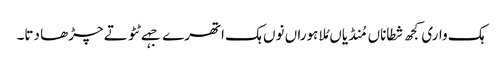
ہک واری کجھ شطاناں مُنڈیاں مُلا ہوراں نوں ہک اتھرے جہے ٹٹو تے چڑھا دتا۔